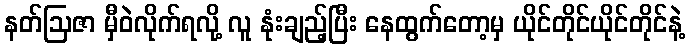
နတ်ဩဇာ မှီဝဲလိုက်ရလို့ လူ နုံးချည့်ပြီး နေထွက်တော့မှ ယိုင်တိုင်ယိုင်တိုင်နဲ့